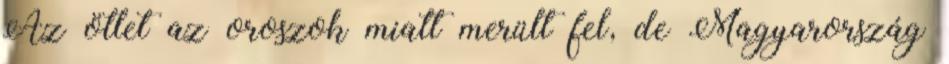
Az ötlet az oroszok miatt merült fel, de Magyarország